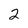
Character: 2